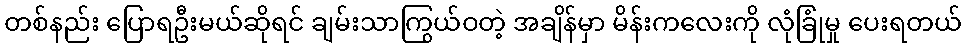
တစ်နည်း ပြောရဦးမယ်ဆိုရင် ချမ်းသာကြွယ်ဝတဲ့ အချိန်မှာ မိန်းကလေးကို လုံခြုံမှု ပေးရတယ်